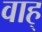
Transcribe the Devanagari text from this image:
वाह्‌